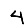
Digit: 4